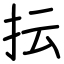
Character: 抎